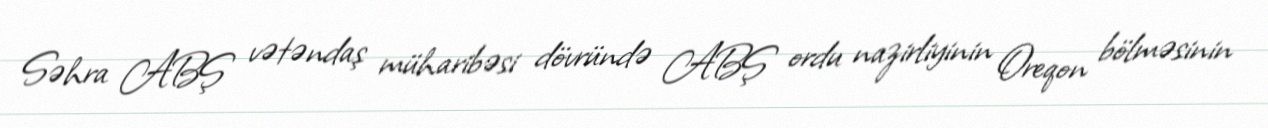
Səhra ABŞ vətəndaş müharibəsi dövründə ABŞ ordu nazirliyinin Oreqon bölməsinin